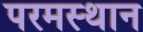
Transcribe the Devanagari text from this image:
परमस्थान